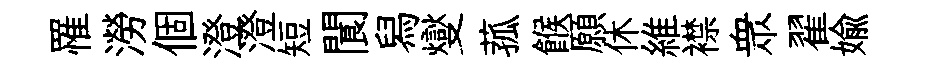
罹澇個澄澄短閬舄燮菰餱願休維襟衆翟媮